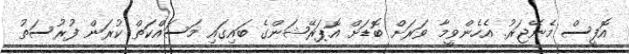
އޮފީސް މެނޭޖަރު. އެހެންވީމާ ވަރަށް ބޮޑަށް އޮޕަރޭޝަންގެ ބައިގައި މަސައްކަތް ކުރަން ފުރުސަތު